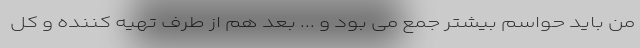
من باید حواسم بیشتر جمع می بود و ... بعد هم از طرف تهیه کننده و کل